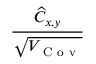
\frac { \widehat { C } _ { x , y } } { \sqrt { V _ { \mathrm { ~ C ~ o ~ v ~ } } } }